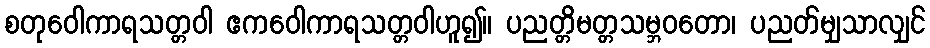
စတုဝေါကာရသတ္တဝါ ဧကဝေါကာရသတ္တဝါဟူ၍။ ပညတ္တိမတ္တသမ္ဘဝတော၊ ပညတ်မျှသာလျှင်